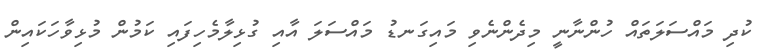
ކުދި މައްސަލަތައް ހުންނާނީ މިދެންނެވި މައިގަނޑު މައްސަލަ އާއި ގުޅިލާމެހިފައި ކަމުން މުޅިވާހަކައިން